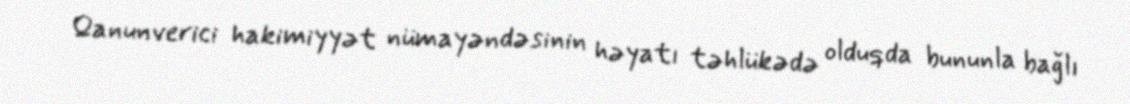
Qanunverici hakimiyyət nümayəndəsinin həyatı təhlükədə olduqda bununla bağlı